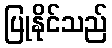
ပြုနိုင်သည်